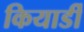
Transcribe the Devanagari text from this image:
कियार्डी